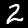
Label: 2